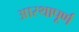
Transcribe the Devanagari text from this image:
आस्थापूर्ण